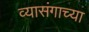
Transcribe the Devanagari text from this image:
व्यासंगाच्या